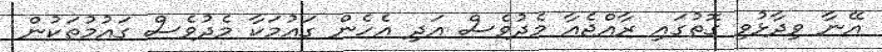
އޭނާ ވިދާޅުވި ގޮތުގައި ރާއްޖެއާ މެދުވެސް އަދި އެހެން ގައުމަކާ މެދުވެސް ގައުމުތަކުން